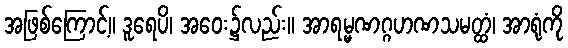
အဖြစ်ကြောင့်။ ဒူရေပိ၊ အဝေး၌လည်း။ အာရမ္မဏဂ္ဂဟဏသမတ္ထံ၊ အာရုံကို